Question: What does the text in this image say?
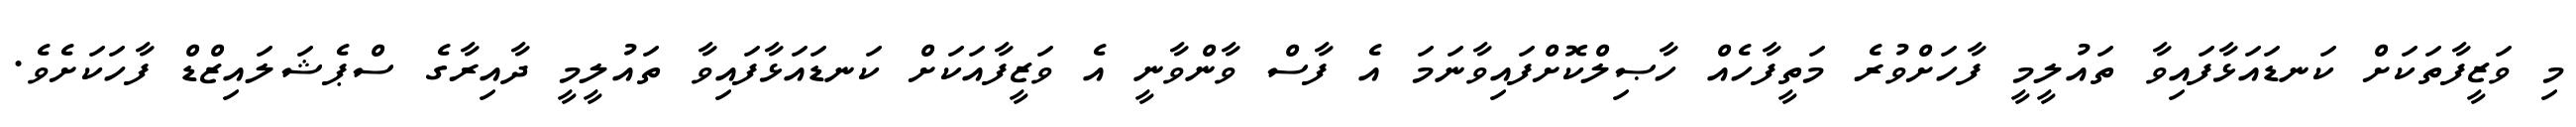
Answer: މި ވަޒީފާތަކަށް ކަނޑައަޅާފައިވާ ތައުލީމީ ފާހަށްވުރެ މަތީފާހެއް ހާޞިލްކޮށްފައިވާނަމަ އެ ފާސް ވާންވާނީ އެ ވަޒީފާއަކަށް ކަނޑައަޅާފައިވާ ތައުލީމީ ދާއިރާގެ ސްޕެޝަލައިޒްޑް ފާހަކަށެވެ.